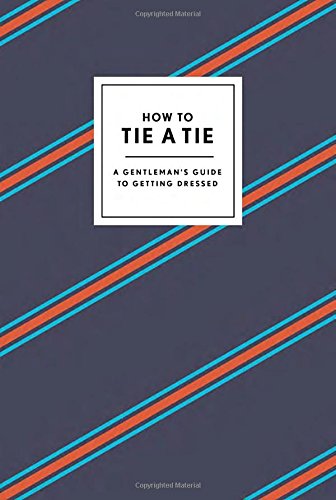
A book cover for How to Tie a Tie: A Gentleman's Guide to Getting Dressed; Potter Style; Health, Fitness & Dieting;